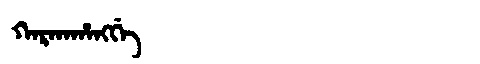
Manchu: ᡴᠠᡵᡴᠠᡥᠠᠩᡤᡝ
Romanization: KARKAHANGGE